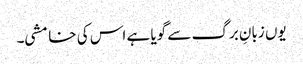
یوں زبانِ برگ سے گویا ہے اس کی خامشی۔